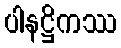
ပါနဋ္ဌိကဿ